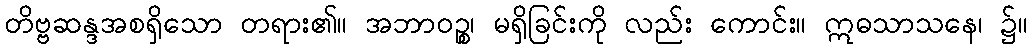
တိဗ္ဗဆန္ဒအစရှိသော တရား၏။ အဘာဝဉ္စ၊ မရှိခြင်းကို လည်း ကောင်း။ ဣဓသာသနေ၊ ၌။